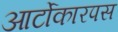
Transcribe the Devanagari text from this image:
आर्टोकारपस